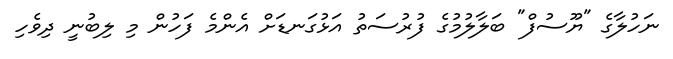
ނަހުލާގެ "ޔޫސުފް" ބަލާލުމުގެ ފުރުސަތު އަޅުގަނޑަށް އެންމެ ފަހުން މި ލިބުނީ ދިވެހި